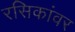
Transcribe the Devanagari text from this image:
रसिकांवर